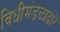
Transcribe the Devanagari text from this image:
विधीमंडळाद्वारे